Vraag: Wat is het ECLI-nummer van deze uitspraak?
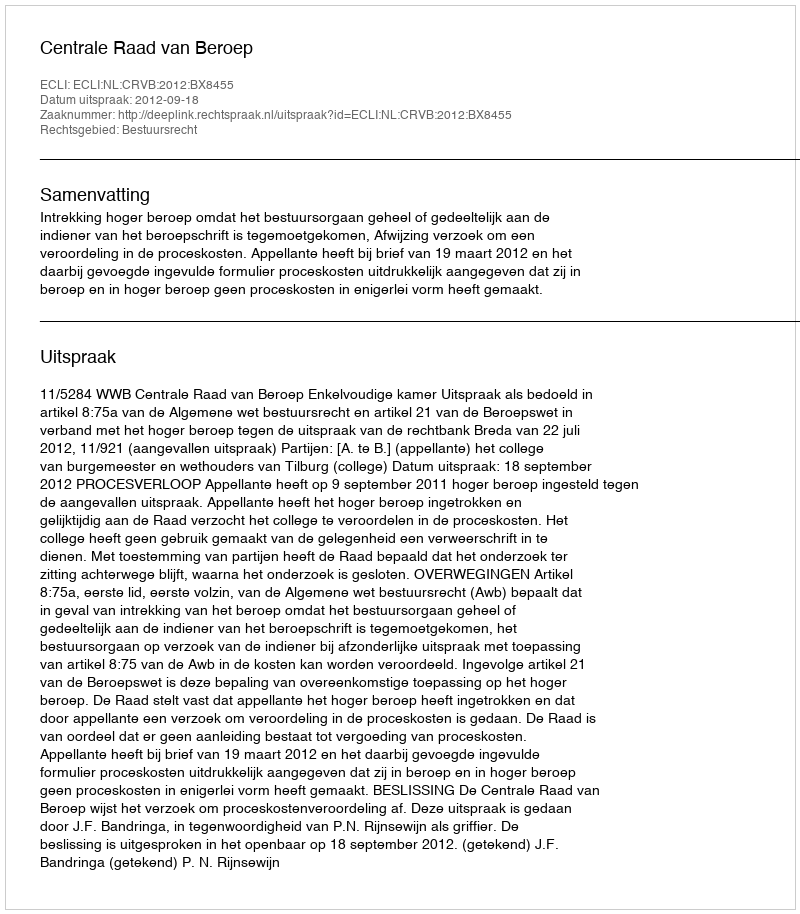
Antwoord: ECLI:NL:CRVB:2012:BX8455